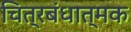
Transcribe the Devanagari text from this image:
चित्रबंधात्मक